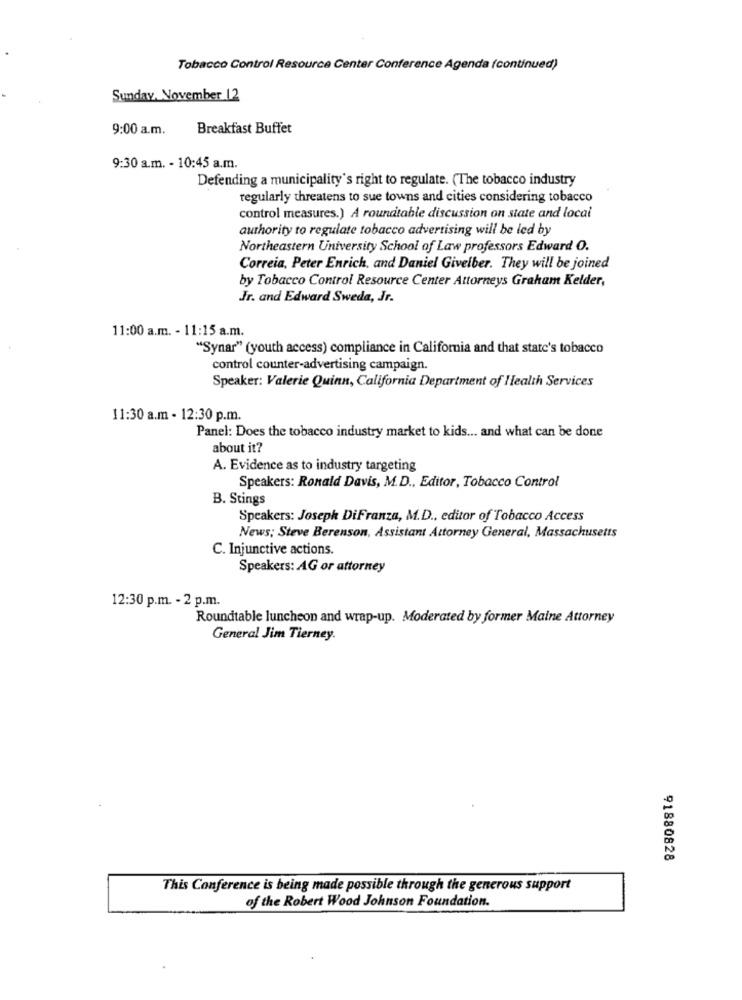
Tobacco Control Resource Center Conference Agenda (continued)
Sunday, November 12
9:00 a.m.
Breakfast Buffet
9:30 a.m. - 10:45 a.m.
Defending a municipality's right to regulate. (The tobacco industry
regularly threatens to sue towns and cities considering tobacco
control measures.) A roundtable discussion on state and local
authority to regulate tobacco advertising will be led by
Northeastern University School of Law professors Edward O.
Correia, Peter Enrich, and Daniel Givelber. They will be joined
by Tobacco Control Resource Center Attorneys Graham Kelder,
Jr. and Edward Sweda, Jr.
11:00 a.m. - 11:15 a.m.
"Synar" (youth access) compliance in California and that state's tobacco
control counter-advertising campaign.
Speaker: Valerie Quinn, California Department of Health Services
11:30 a.m - 12:30 p.m.
Panel: Does the tobacco industry market to kids ... and what can be done
about it?
A. Evidence as to industry targeting
Speakers: Ronald Davis, M.D ., Editor, Tobacco Control
B. Stings
Speakers: Joseph DiFranza, M.D ., editor of Tobacco Access
News; Steve Berenson, Assistant Attorney General, Massachusetts
C. Injunctive actions.
Speakers: AG or attorney
12:30 p.m. - 2 p.m.
Roundtable luncheon and wrap-up. Moderated by former Maine Attorney
General Jim Tierney.
91880828
This Conference is being made possible through the generous support
of the Robert Wood Johnson Foundation.